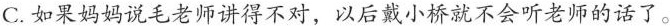
C.如果妈妈说毛老师讲得不对，以后戴小桥就不会听老师的话了。